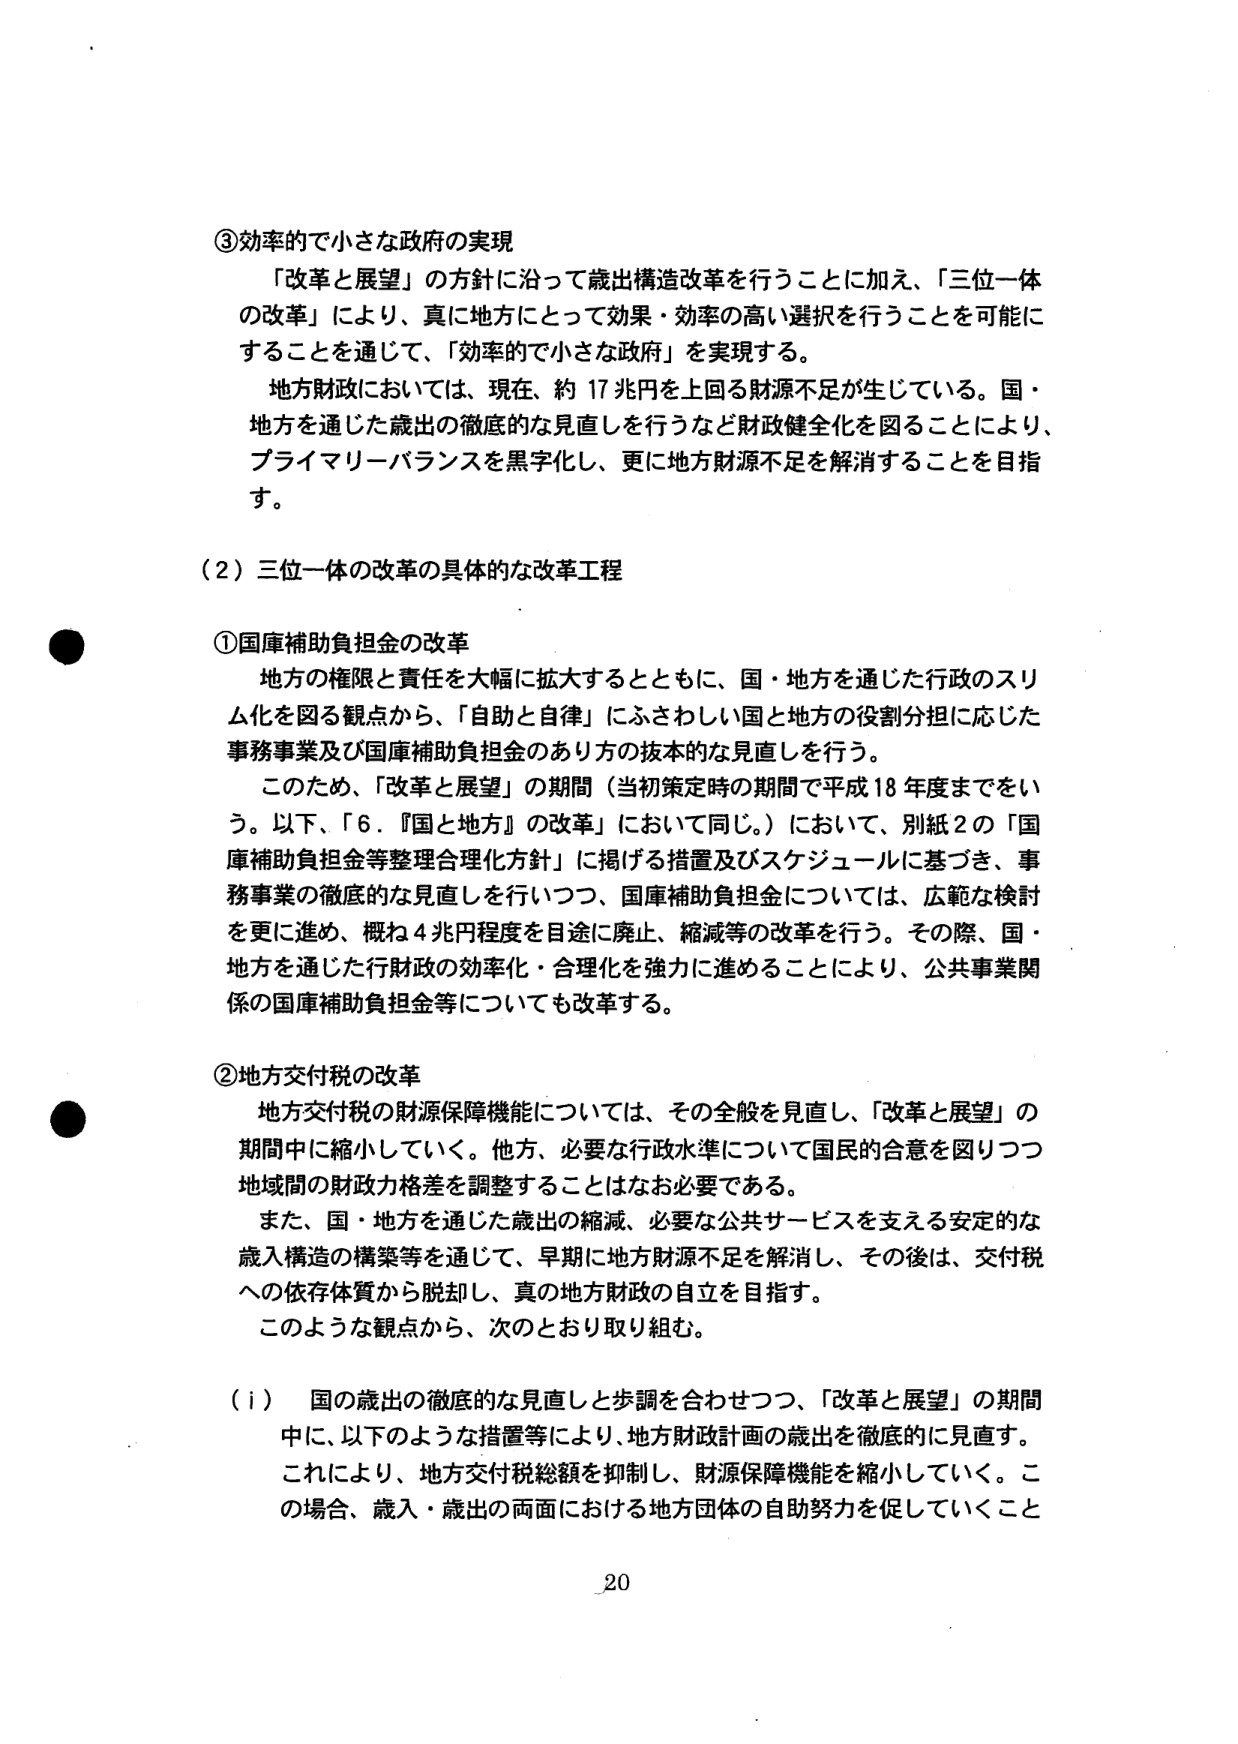
③効率的で小さな政府の実現
「改革と展望」の方針に沿って歳出構造改革を行うことに加え、「三位一体の改革」により、真に地方にとって効果・効率の高い選択を行うことを可能にすることを通じて、「効率的で小さな政府」を実現する。
地方財政においては、現在、約17兆円を上回る財源不足が生じている。国・地方を通じた歳出の徹底的な見直しを行うなど財政健全化を図ることにより、プライマリーバランスを黒字化し、更に地方財源不足を解消することを目指す。

（2）三位一体の改革の具体的な改革工程

①国庫補助負担金の改革
地方の権限と責任を大幅に拡大するとともに、国・地方を通じた行政のスリム化を図る観点から、「自助と自律」にふさわしい国と地方の役割分担に応じた事務事業及び国庫補助負担金のあり方の抜本的な見直しを行う。
このため、「改革と展望」の期間（当初策定時の期間で平成18年度までをいう。以下、「6．『国と地方』の改革」において同じ。）において、別紙2の「国庫補助負担金等整理合理化方針」に掲げる措置及びスケジュールに基づき、事務事業の徹底的な見直しを行いつつ、国庫補助負担金については、広範な検討を更に進め、概ね4兆円程度を目途に廃止、縮減等の改革を行う。その際、国・地方を通じた行財政の効率化・合理化を強力に進めるることにより、公共事業関係の国庫補助負担金等についても改革する。

②地方交付税の改革
地方交付税の財源保障機能については、その全般を見直し、「改革と展望」の期間中に縮小していく。他方、必要な行政水準について国民的合意を図りつつ地域間の財政力格差を調整することはなお必要である。
また、国・地方を通じた歳出の縮減、必要な公共サービスを支える安定的な歳入構造の構築等を通じて、早期に地方財源不足を解消し、その後は、交付税への依存体質から脱却し、真の地方財政の自立を目指す。
このような観点から、次のとおり取り組む。

（i）国の歳出の徹底的な見直しと歩調を合わせつつ、「改革と展望」の期間中に、以下のような措置等により、地方財政計画の歳出を徹底的に見直す。
これにより、地方交付税総額を抑制し、財源保障機能を縮小していく。この場合、歳入・歳出の両面における地方団体の自助努力を促していくこと

20